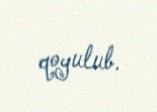
qoyulub.